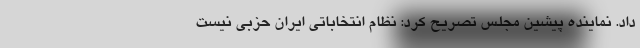
داد. نماینده پیشین مجلس تصریح کرد: نظام انتخاباتی ایران حزبی نیست